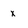
Character: x